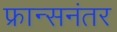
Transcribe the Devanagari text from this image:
फ्रान्सनंतर